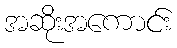
အဆိုးအကောင်း